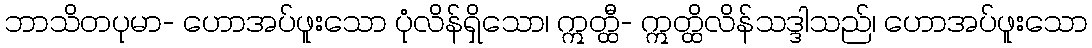
ဘာသိတပုမာ- ဟောအပ်ဖူးသော ပုံလိန်ရှိသော၊ ဣတ္ထီ- ဣတ္ထိလိန်သဒ္ဒါသည်၊ ဟောအပ်ဖူးသော